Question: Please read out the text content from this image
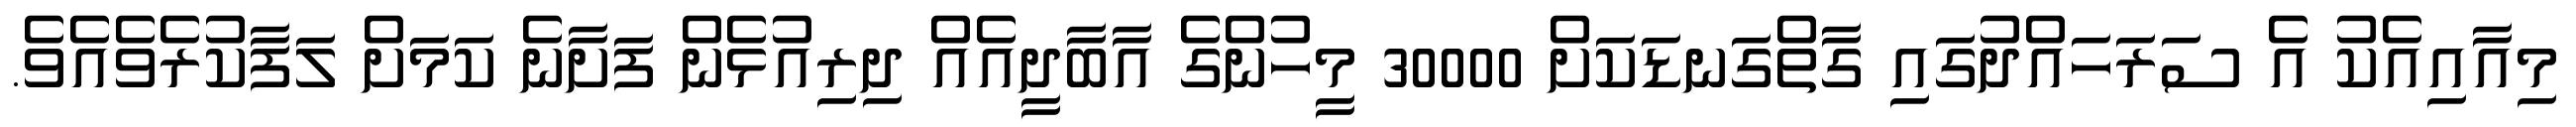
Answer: މިއާއިއެކު އެ ސަރަހައްދުގައި ގާތްގަނޑަކަށް 30000 މީހުންގެ އާބާދީއެއް ދިރިއުޅެން ފަށާނެ ކަމަށް ލަފާކުރެވެއެވެ.